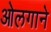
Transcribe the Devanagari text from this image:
ओलगाने